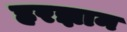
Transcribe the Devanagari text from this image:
हरज्ञान